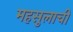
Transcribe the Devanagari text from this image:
महसुलाची